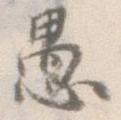
愚